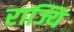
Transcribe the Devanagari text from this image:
राज्यि